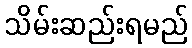
သိမ်းဆည်းရမည်